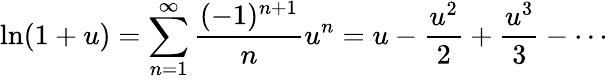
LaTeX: \ln(1+u)=\sum_{n=1}^{\infty}{\frac{(-1)^{n+1}}{n}}u^{n}=u-{\frac{u^{2}}{2}}+{\frac{u^{3}}{3}}-\cdots